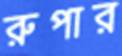
রুপার